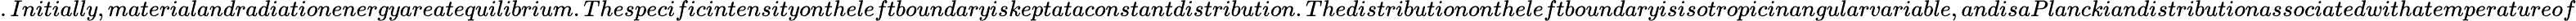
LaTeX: .Initially,materialandradiationenergyareatequilibrium.Thespecificintensityontheleftboundaryiskeptataconstantdistribution.Thedistributionontheleftboundaryisisotropicinangularvariable,andisaPlanckiandistributionassociatedwithatemperatureof